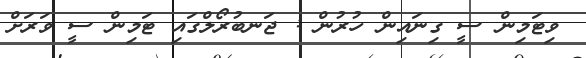
ވިޓަމިން ސީ ގިނައިން ހުރުން : ޖަނބުރޯލްގައި ޓަމިން ސީ ވަރަށް